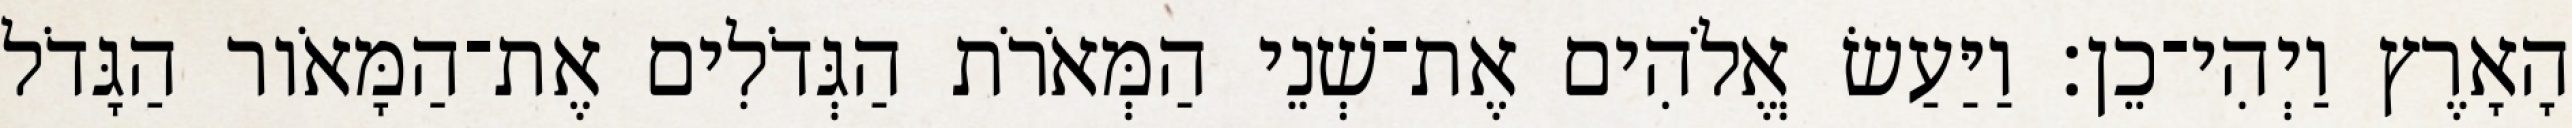
הָאָרֶץ וַיְהִי־כֵן׃ וַיַּעַשׂ אֱלֹהִים אֶת־שְׁנֵי הַמְּאֹרֹת הַגְּדֹלִים אֶת־הַמָּאֹור הַגָּדֹל